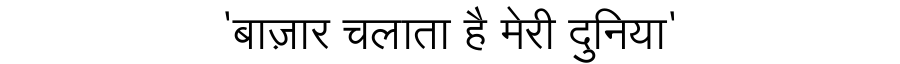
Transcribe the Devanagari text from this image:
'बाज़ार चलाता है मेरी दुनिया'